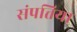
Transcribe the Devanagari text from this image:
संपत्तिया